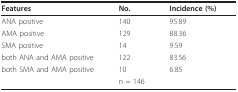
<table><thead><tr><td><b>Features</b></td><td><b>No.</b></td><td><b>Incidence (%)</b></td></tr></thead><tbody><tr><td>ANA positive</td><td>140</td><td>95.89</td></tr><tr><td>AMA positive</td><td>129</td><td>88.36</td></tr><tr><td>SMA positive</td><td>14</td><td>9.59</td></tr><tr><td>both ANA and AMA positive</td><td>122</td><td>83.56</td></tr><tr><td>both SMA and AMA positive</td><td>10</td><td>6.85</td></tr><tr><td></td><td>n = 146</td><td></td></tr></tbody></table>